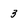
Character: 3